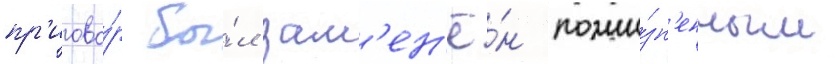
пр'игово́р бы́л зам'ен'ё́н пожи́зн'енным